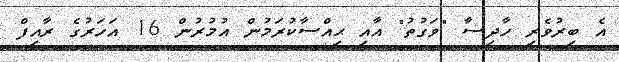
އެ ބިރުވެރި ހާދިސާ "ވަގުތު" އާއި ޙިއްސާކުރަމުން އުމުރުން 16 އަހަރުގެ ރާއިފް